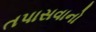
તપાસવાનો